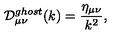
{ \cal D } _ { { \mu } { \nu } } ^ { g h o s t } ( k ) = \frac { \eta _ { { \mu } { \nu } } } { k ^ { 2 } } ,